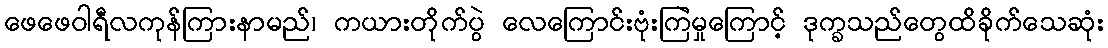
ဖေဖေဝါရီလကုန်ကြားနာမည်၊ ကယားတိုက်ပွဲ လေကြောင်းဗုံးကြဲမှုကြောင့် ဒုက္ခသည်တွေထိခိုက်သေဆုံး